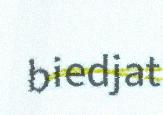
biedjat